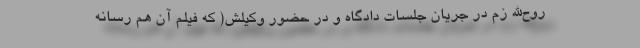
روح‌الله زم در جریان جلسات دادگاه و در حضور وکیلش( که فیلم آن هم رسانه